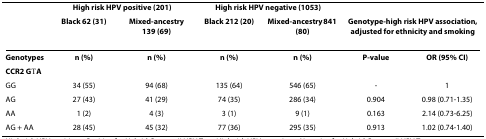
|  | <COLSPAN=2> High risk HPV positive (201) | <COLSPAN=2> High risk HPV negative (1053) |  |  |
 |  | Black 62 (31) | Mixed-ancestry 139 (69) | Black 212 (20) | Mixed-ancestry 841 (80) | <COLSPAN=2> Genotype-high risk HPV association, adjusted for ethnicity and smoking |
 | --- | --- | --- | --- | --- | --- | --- |
 | Genotypes | n (%) | n (%) | n (%) | n (%) | P-value | OR (95% CI) |
 | <COLSPAN=2> CCR2 G→A |  |  |  |  |  |
 | GG | 34 (55) | 94 (68) | 135 (64) | 546 (65) | - | 1 |
 | AG | 27 (43) | 41 (29) | 74 (35) | 286 (34) | 0.904 | 0.98 (0.71-1.35) |
 | AA | 1 (2) | 4 (3) | 3 (1) | 9 (1) | 0.163 | 2.14 (0.73-6.25) |
 | AG + AA | 28 (45) | 45 (32) | 77 (36) | 295 (35) | 0.913 | 1.02 (0.74-1.40) |